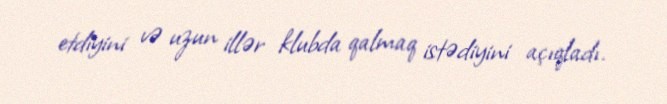
etdiyini və uzun illər klubda qalmaq istədiyini açıqladı.